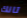
تانك